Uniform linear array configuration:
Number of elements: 48
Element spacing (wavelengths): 0.5
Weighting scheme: blackman
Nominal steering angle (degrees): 60
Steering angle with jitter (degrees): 58.175
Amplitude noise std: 0.05
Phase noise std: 0.05

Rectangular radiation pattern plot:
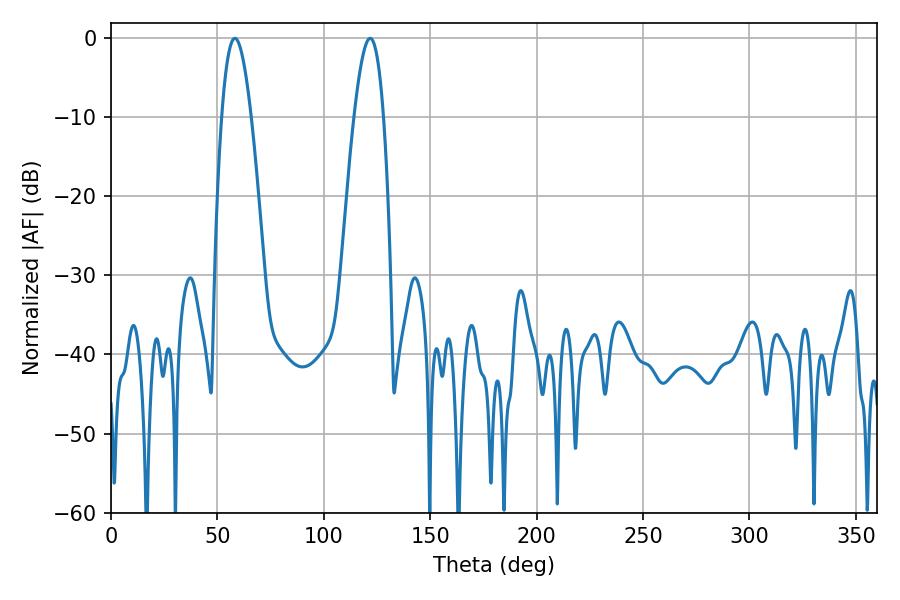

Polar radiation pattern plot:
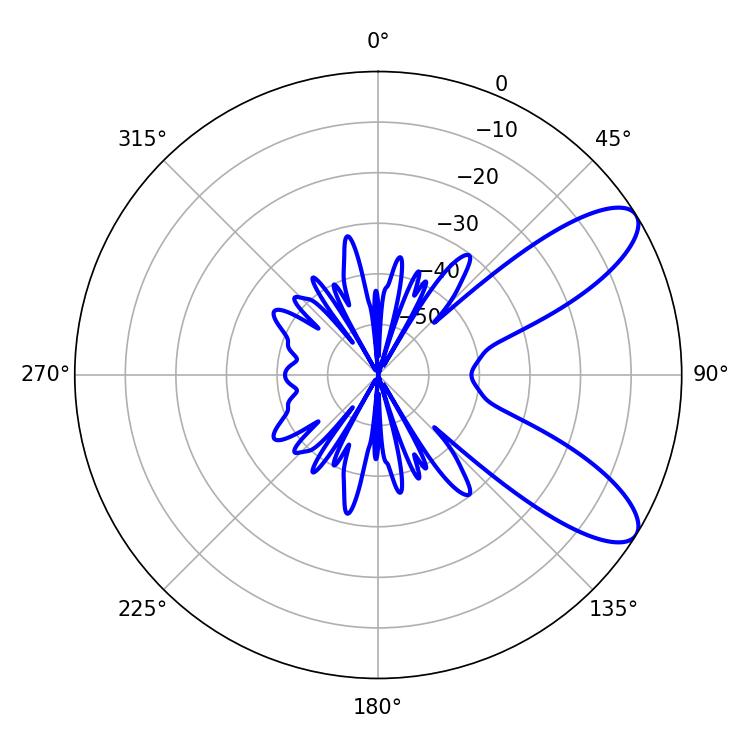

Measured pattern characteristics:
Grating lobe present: FALSE
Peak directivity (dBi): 9.148
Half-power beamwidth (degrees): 7.56
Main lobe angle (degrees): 58.14